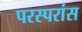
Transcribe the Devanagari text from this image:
परस्परांस